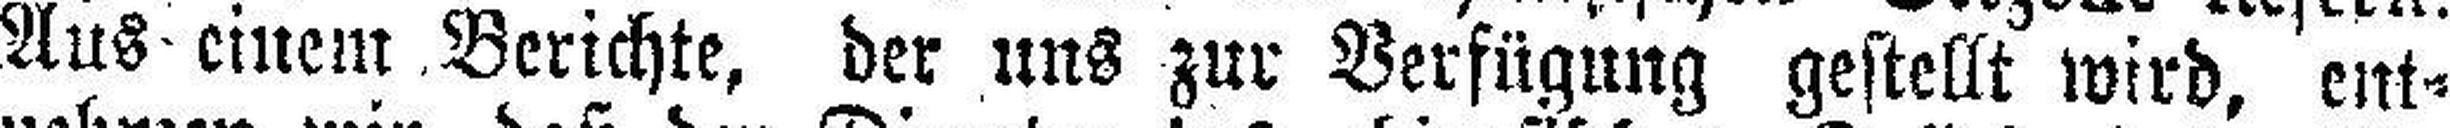
Aus einem Berichte, der uns zur Verfügung gestellt wird, ent¬